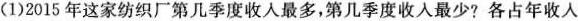
(1)2015年这家纺织厂第几季度收入最多，第几季度收入最少?各占年收入